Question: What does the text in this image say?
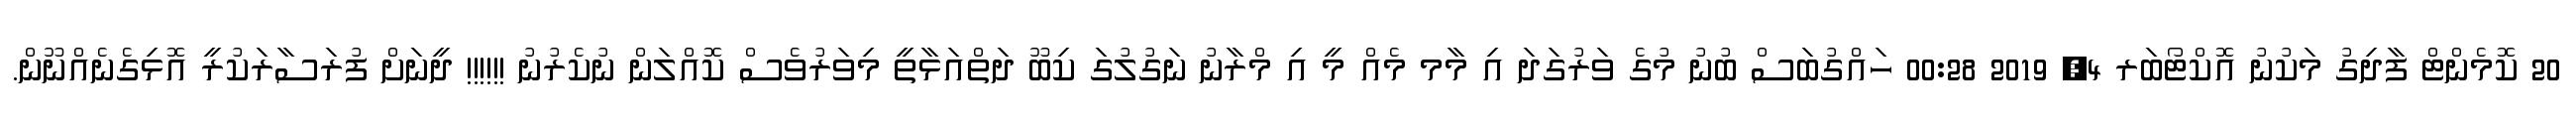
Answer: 20 ކޮމެންޓް ފާދިގު މަކުނު އޮކްޓޯބަރ 4, 2019 00:28 ހައްގުބަސް ބުނު މުގެ ވަރުގަދަ އި މާމ މެއް މީ އި މްރާނު ނަގުލުގަ ކިބޫ ދަތްއަޅާތީ މިވަރުވެސް ކޮއްލަން ނުކެރުނު !!!!!! ދީނަށް ފުރަސާރަކުރީ އޮޅިގެނެއްނޫން.